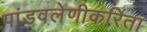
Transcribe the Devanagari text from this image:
पांडवलेणीकरिता